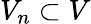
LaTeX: V_{n}\subset V